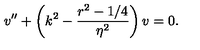
v ^ { \prime \prime } + \left( k ^ { 2 } - { \frac { r ^ { 2 } - 1 / 4 } { \eta ^ { 2 } } } \right) v = 0 .